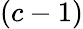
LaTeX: (c-1)